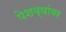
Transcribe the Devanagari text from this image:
पेशव्यांवर